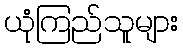
ယုံကြည်သူများ